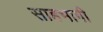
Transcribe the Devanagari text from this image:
साहभागी